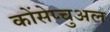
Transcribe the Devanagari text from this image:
कोंसेप्चुअल